Medical and sanitary report of the native army of Bengal for the year
Year: 1874
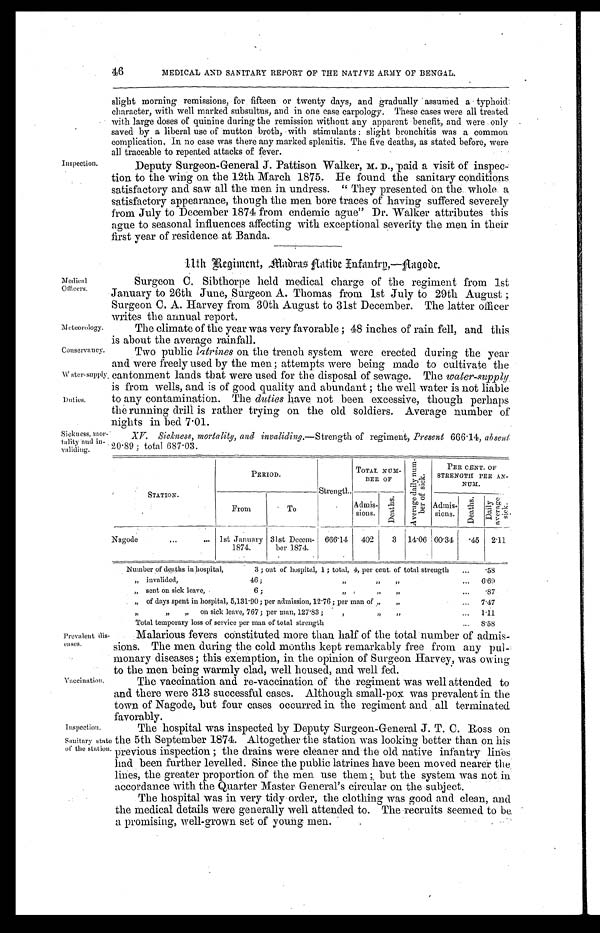
46
MEDICAL AND SANITARY REPORT OF THE NATIVE ARMY OF BENGAL.
Inspection.
slight morning remissions, for fifteen or twenty days, and gradually assumed a typhoid;
character, with well marked subsultus, and in one case carpology. These cases were all treated
with large doses of quinine during the remission without any apparent benefit, and were only
saved by a liberal use of mutton broth, with stimulants : slight bronchitis was a common
complication, In no case was there any marked splenitis. The five deaths, as stated before, were
all traceable to retreated attacks of fever.
Deputy Surgeon-General J. Pattison Walker, D., paid a visit of inspe
c - t i o n t o t h e w i n g o n t h e 1 2 t h M a r c h 1 8 7 5 . H e f o u n d t h e s a n i t a r y c o n d i t i o n s
satisfactory and saw all the men in undress. "They presented on the whole a
satisfactory appearance, though the men bore traces of having suffered severely
from July to December 1874 from endemic ague" Dr. Walker attributes this
ague to seasonal influences affecting with exceptional severity the men in their
first year of residence. at Banda.
Medical
Officers.
Meteorology.
11th Regiment, Madras Native Infantry,—Nagode.
Surgeon C. Sibthorpe held medical charge of the regiment from 1st
January to 26th June, Surgeon A. Thomas from 1st July to 29th August ;
Surgeon C. A. Harvey from 30th August to 31st December. The latter officer
writes the annual report.
The climate of the year was very favorable ; 48 inches of rain fell, and this
is about the average rainfall.
Conservancy.
Watter -supply.
Duties.
Sickness, mor
-tality and in
- v a l i d i n g .
Two public latrines on the trench system were erected during the year
and were freely used by the men ; attempts were being made to cultivate the
cantonment lands that were used for the disposal of sewage. The water-supply
is from wells, and is of good quality and abundant ; the well water is not liable
to any contamination. The duties have, not been excessive, though perhaps
the running drill is rather trying on the old soldiers. Average number of
nights in bed 7.01.
XV. Sickness, mortality, and invaliding.— Strength of regiment, Present 666.14, absent
20.89 ; total 687.03.
PERIOD.
Strength.
TOTAL NU M -
BER OF
A v e r a g e d a i l y n u m - b e r o f s i c k .
PER CENT. OF
STRENGTH PER AN-
NUM.
STATION.
From
Admis-sions. D e a t h s .
Admis-sions.
D e a t h s .
D a i l y A v e r a g e s i c k .
Nagode . . .
1st January
1874.
31st Decem-
ber 1874.
666.14
402
3 14.06 60.34
.
4 5 2.11
Number of deaths in hospital, 3 ; out of hospital, 1 ; total, 4, per cent. of total strength . . .
5 8
" invalided, 46; " " " . . .
6.69
" sent on sick leave,
6 ; . . .
. 8 7
" o f d a y s s p e n t i n h o s p i t a l , 5 , 1 3 1 . 9 0 ; p e r a d m i s s i o n , 1 2 . 7 6 ; p e r m a n o f " 7.47
" on sick leave, 767; per man, 127.83 ; " . . .
1.11
Total temporary loss of service per man of total strength . . .
8.58
Prevalent dis
-eases.
Vaccination.
Malarious fevers constituted more than half of the total number of admis
-sions. The men during the cold months kept remarkably free from any pul
-monary diseases ; this exemption, in the opinion of Surgeon Harvey, was owing
to the men being warmly clad well housed and well fed.
The vaccination and re-vaccination of the regiment was well attended to
and there were 313 successful cases. Although small-pox was prevalent in the
town. of Nagode, but four cases occurred in the regiment and all terminated
favorably.
Inspection.
Sanitary state
of the station.
The hospital was inspected by Deputy Surgeon-General J. T. C. Ross on
the 5th September 1874. Altogether the station was looking better than on his
previous inspection ; the drains were cleaner and the old native infantry lines
had been further levelled. Since the public latrines have been moved nearer the
lines, the greater proportion of the men use them ; but the system was not in
accordance with the Quarter Master General's circular on the subject.
The hospital was in very tidy order, the clothing was good and clean, and
the medical details were generally well attended to. The recruits seemed to be
a promising, well-grown set of young men.